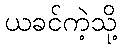
ယခင်ကဲ့သို့